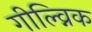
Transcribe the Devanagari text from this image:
गील्व्निक